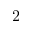
2